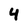
Character: 4